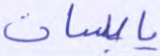
يابسات